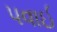
પવાઈ